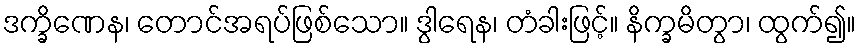
ဒက္ခိဏေန၊ တောင်အရပ်ဖြစ်သော။ ဒွါရေန၊ တံခါးဖြင့်။ နိက္ခမိတွာ၊ ထွက်၍။